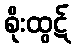
စိုးထွဋ်